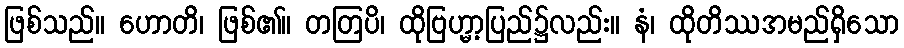
ဖြစ်သည်။ ဟောတိ၊ ဖြစ်၏။ တတြပိ၊ ထိုဗြဟ္မာ့ပြည်၌လည်း။ နံ၊ ထိုတိဿအမည်ရှိသော